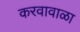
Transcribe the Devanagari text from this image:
करवावाळा